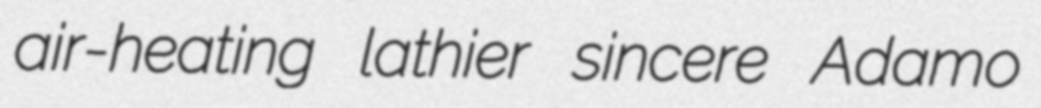
air-heating lathier sincere Adamo